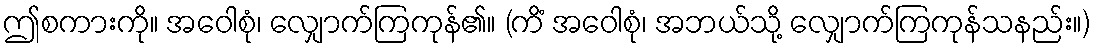
ဤစကားကို။ အဝေါစုံ၊ လျှောက်ကြကုန်၏။ (ကိံ အဝေါစုံ၊ အဘယ်သို့ လျှောက်ကြကုန်သနည်း။)